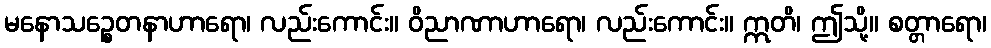
မနောသဉ္စေတနာဟာရော၊ လည်းကောင်း။ ဝိညာဏာဟာရော၊ လည်းကောင်း။ ဣတိ၊ ဤသို့။ စတ္တာရော၊